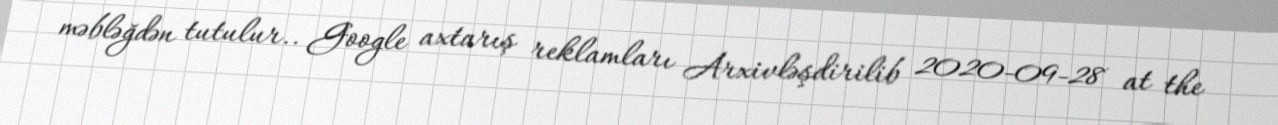
məbləğdən tutulur.. Google axtarış reklamları Arxivləşdirilib 2020-09-28 at the